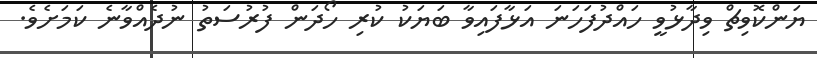
ޔަންކޮވިޗް ވިދާޅުވީ ހައްދުފަހަނަ އަޅާފައިވާ ބަޔަކު ކުރި ހޯދަން ފުރުސަތު ނުދެއްވާނެ ކަމަށެވެ.